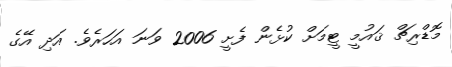
މޮޑްރިޗް ޤައުމީ ޓީމަށް ކުޅެން ފެށީ 2006 ވަނަ އަހަރެވެ. އަދި އޭގެ